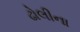
ઢોલીના